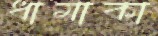
ধামাকা